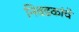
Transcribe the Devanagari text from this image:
निवडकांचे